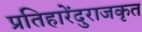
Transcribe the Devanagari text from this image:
प्रतिहारेंदुराजकृत